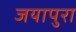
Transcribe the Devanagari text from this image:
जयापुरा